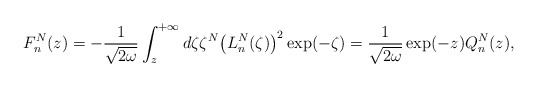
\begin{align*} F_{n}^{N}(z)=-\frac{1}{\sqrt{2\omega }}\int_{z}^{+\infty }d\zeta \zeta ^{N}\big( L_{n}^{N}(\zeta) \big) ^{2}\exp ( -\zeta ) =\frac{1}{\sqrt{2\omega }}\exp (-z) Q_{n}^{N}(z), \end{align*}